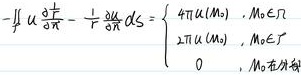
\[ -\oint_{\Gamma} u \frac{\partial \frac{1}{r}}{\partial n}-\frac{1}{r} \frac{\partial u}{\partial n} d S=\left\{\begin{array}{cl}
4 \pi u\left(M_{0}\right), & M_{0} \in \Omega \\
2 \pi u\left(M_{0}\right), & M_{0} \in \Gamma \\
0, & M_{0} \notin \bar{\Omega}
\end{array}\right. \]